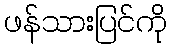
ဖန်သားပြင်ကို